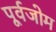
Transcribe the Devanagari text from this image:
पूर्वजोम